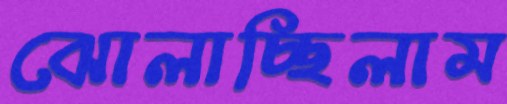
ঝোলাচ্ছিলাম